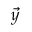
\vec { y }